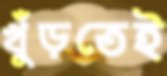
খুঁড়তেই